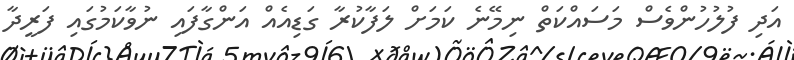
އަދި ފުލުހުންވެސް މަސައްކަތް ނިމޭނެ ކަމަށް ލަފާކުރާ ގަޑިއެއް އަންގާފައި ނުވާކަމުގައި ފަރީދާ